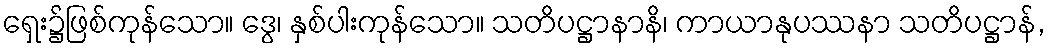
ရှေး၌ဖြစ်ကုန်သော။ ဒွေ၊ နှစ်ပါးကုန်သော။ သတိပဋ္ဌာနာနိ၊ ကာယာနုပဿနာ သတိပဋ္ဌာန်,